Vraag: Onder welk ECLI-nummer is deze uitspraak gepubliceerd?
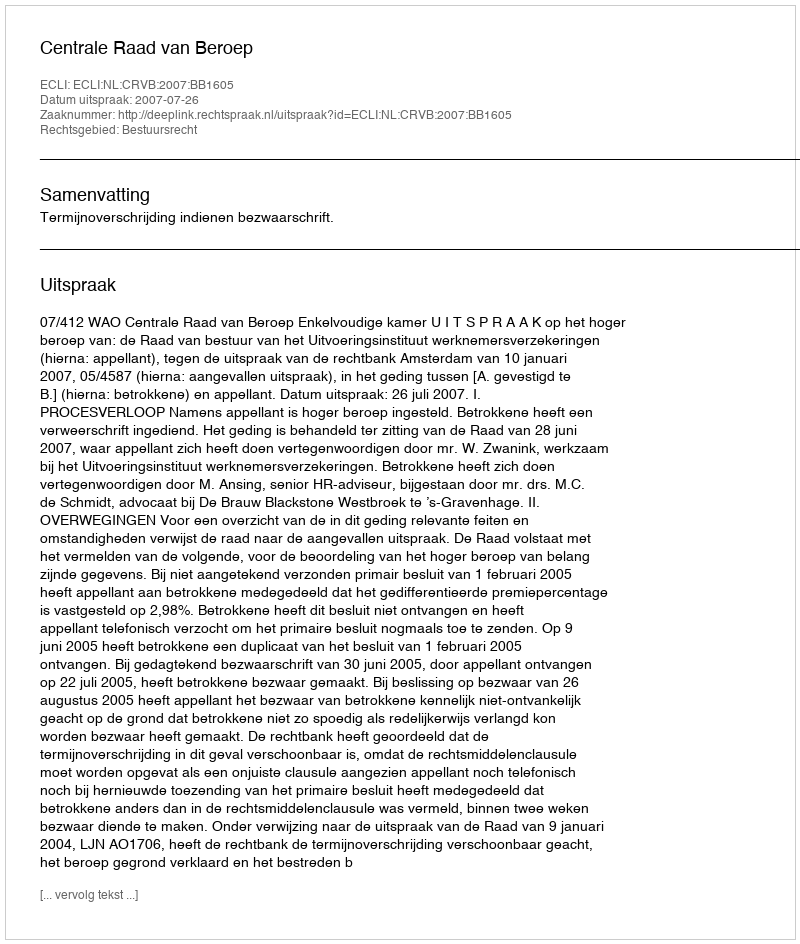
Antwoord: ECLI:NL:CRVB:2007:BB1605